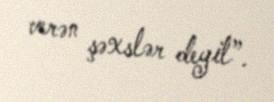
verən şəxslər deyil”.